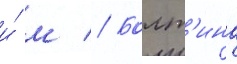
и́ м // Болт'ина